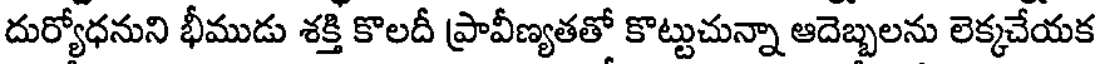
దుర్యోధనుని భీముడు శక్తి కొలదీ ప్రావీణ్యతతో కొట్టుచున్నా ఆదెబ్బలను లెక్కచేయక